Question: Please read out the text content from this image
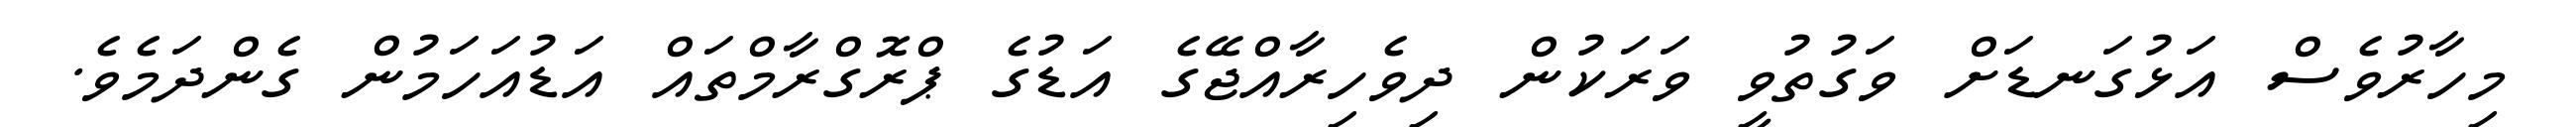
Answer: މިހާރުވެސް އަޅުގަނޑަށް ވަގުތުވީ ވަރަކުން ދިވެހިރާއްޖޭގެ އަޑުގެ ޕްރޮގްރާމްތައް އަޑުއަހަމުން ގެންދަމެވެ.